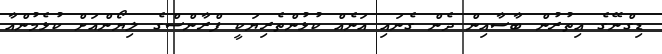
ޑިގްނޭގެ އިތުރުން ބާސާއިން ދެން ގެނައި އަނެއް ކުޅުންތެރިޔަކީ ފްރާންސްގެ ލިޔޯންއަށް ކުޅެމުންއާ